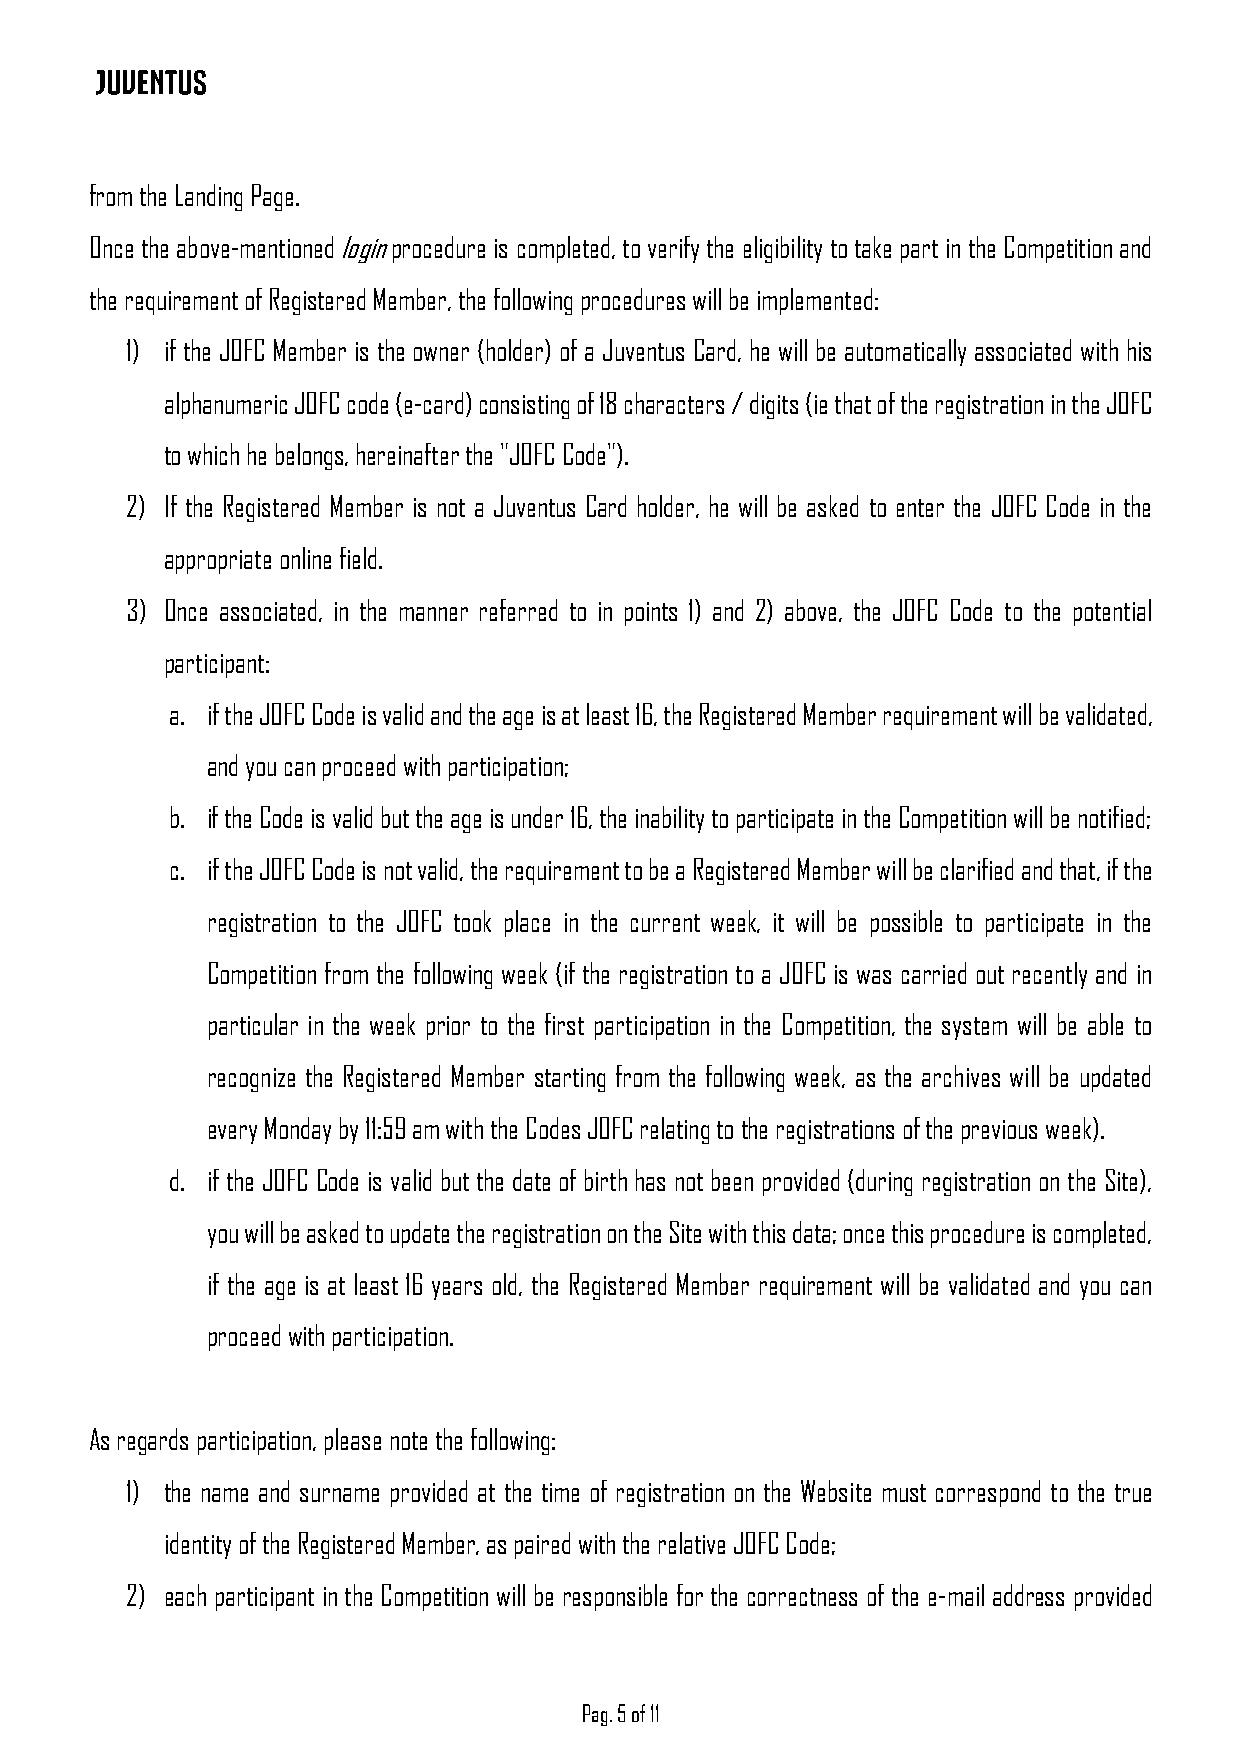
from the Landing Page.
 Once the above-mentioned login procedure is completed, to verify the eligibility to take part in the Competition and
 the requirement of Registered Member, the following procedures will be implemented:
 1) if the JOFC Member is the owner (holder) of a Juventus Card, he will be automatically associated with his
 alphanumeric JOFC code (e-card) consisting of 18 characters / digits (ie that of the registration in the JOFC
 to which he belongs, hereinafter the "JOFC Code").
 2) If the Registered Member is not a Juventus Card holder, he will be asked to enter the JOFC Code in the
 appropriate online field.
 3) Once associated, in the manner referred to in points 1) and 2) above, the JOFC Code to the potential
 participant:
 a. if the JOFC Code is valid and the age is at least 16, the Registered Member requirement will be validated,
 and you can proceed with participation;
 b. if the Code is valid but the age is under 16, the inability to participate in the Competition will be notified;
 c. if the JOFC Code is not valid, the requirement to be a Registered Member will be clarified and that, if the
 registration to the JOFC took place in the current week, it will be possible to participate in the
 Competition from the following week (if the registration to a JOFC is was carried out recently and in
 particular in the week prior to the first participation in the Competition, the system will be able to
 recognize the Registered Member starting from the following week, as the archives will be updated
 every Monday by 11:59 am with the Codes JOFC relating to the registrations of the previous week).
 d. if the JOFC Code is valid but the date of birth has not been provided (during registration on the Site),
 you will be asked to update the registration on the Site with this data; once this procedure is completed,
 if the age is at least 16 years old, the Registered Member requirement will be validated and you can
 proceed with participation.
 As regards participation, please note the following:
 1) the name and surname provided at the time of registration on the Website must correspond to the true
 identity of the Registered Member, as paired with the relative JOFC Code;
 2) each participant in the Competition will be responsible for the correctness of the e-mail address provided
 Pag. 5 of 11